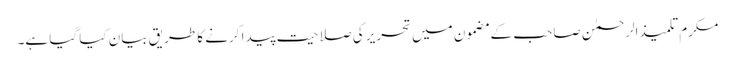
مکرم تلمیذ الرحمٰن صاحب کے مضمون میں تحریر کی صلاحیت پیدا کرنے کا طریق بیان کیا گیا ہے۔